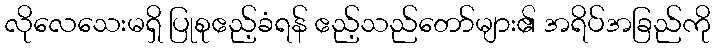
လိုလေသေးမရှိ ပြုစုဧည့်ခံရန် ဧည့်သည်တော်များ၏ အရိပ်အခြည်ကို